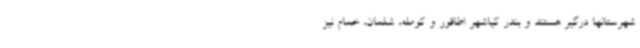
شهرستانها درگیر هستند و بندر کیاشهر اطاقور و کومله، شلمان، خمام نیز